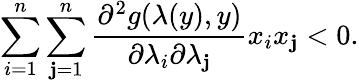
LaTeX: \sum_{i=1}^{n}\sum_{\mathbf{j}=1}^{n}\frac{{\partial^{2}g(\lambda(y),y)}}{{\partial\lambda_{i}\partial\lambda_{\mathbf{j}}}}x_{i}x_{\mathbf{j}}<0.